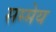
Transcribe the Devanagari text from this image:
सम्मेय